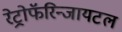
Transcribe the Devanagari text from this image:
रेट्रोफॅरिन्जायटल